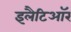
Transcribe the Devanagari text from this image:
इलैटिऑर